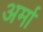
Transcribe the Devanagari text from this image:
अर्मा